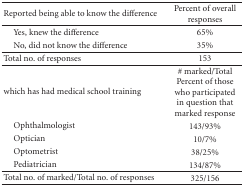
<table><thead><tr><td><b> Reported being able to know the difference</b></td><td><b>Percent of overall responses</b></td></tr></thead><tbody><tr><td> Yes, knew the difference</td><td>65%</td></tr><tr><td> No, did not know the difference</td><td>35%</td></tr><tr><td>Total no. of responses</td><td>153</td></tr><tr><td>which has had medical school training</td><td># marked/Total Percent of those who participated in question that marked response</td></tr><tr><td> Ophthalmologist</td><td>143/93%</td></tr><tr><td> Optician</td><td>10/7%</td></tr><tr><td> Optometrist</td><td>38/25%</td></tr><tr><td> Pediatrician</td><td>134/87%</td></tr><tr><td>Total no. of marked/Total no. of responses</td><td>325/156</td></tr></tbody></table>